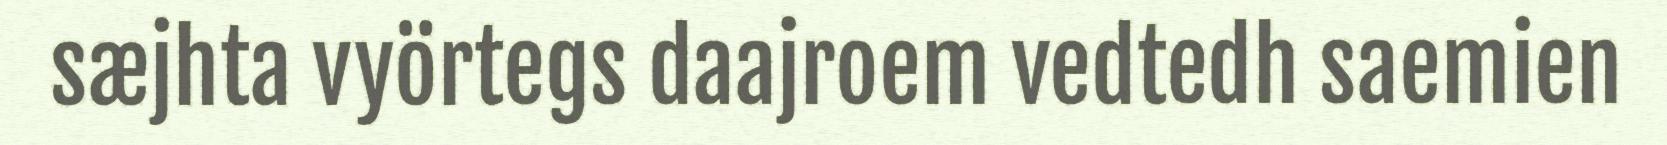
sæjhta vyörtegs daajroem vedtedh saemien